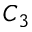
C _ { 3 }